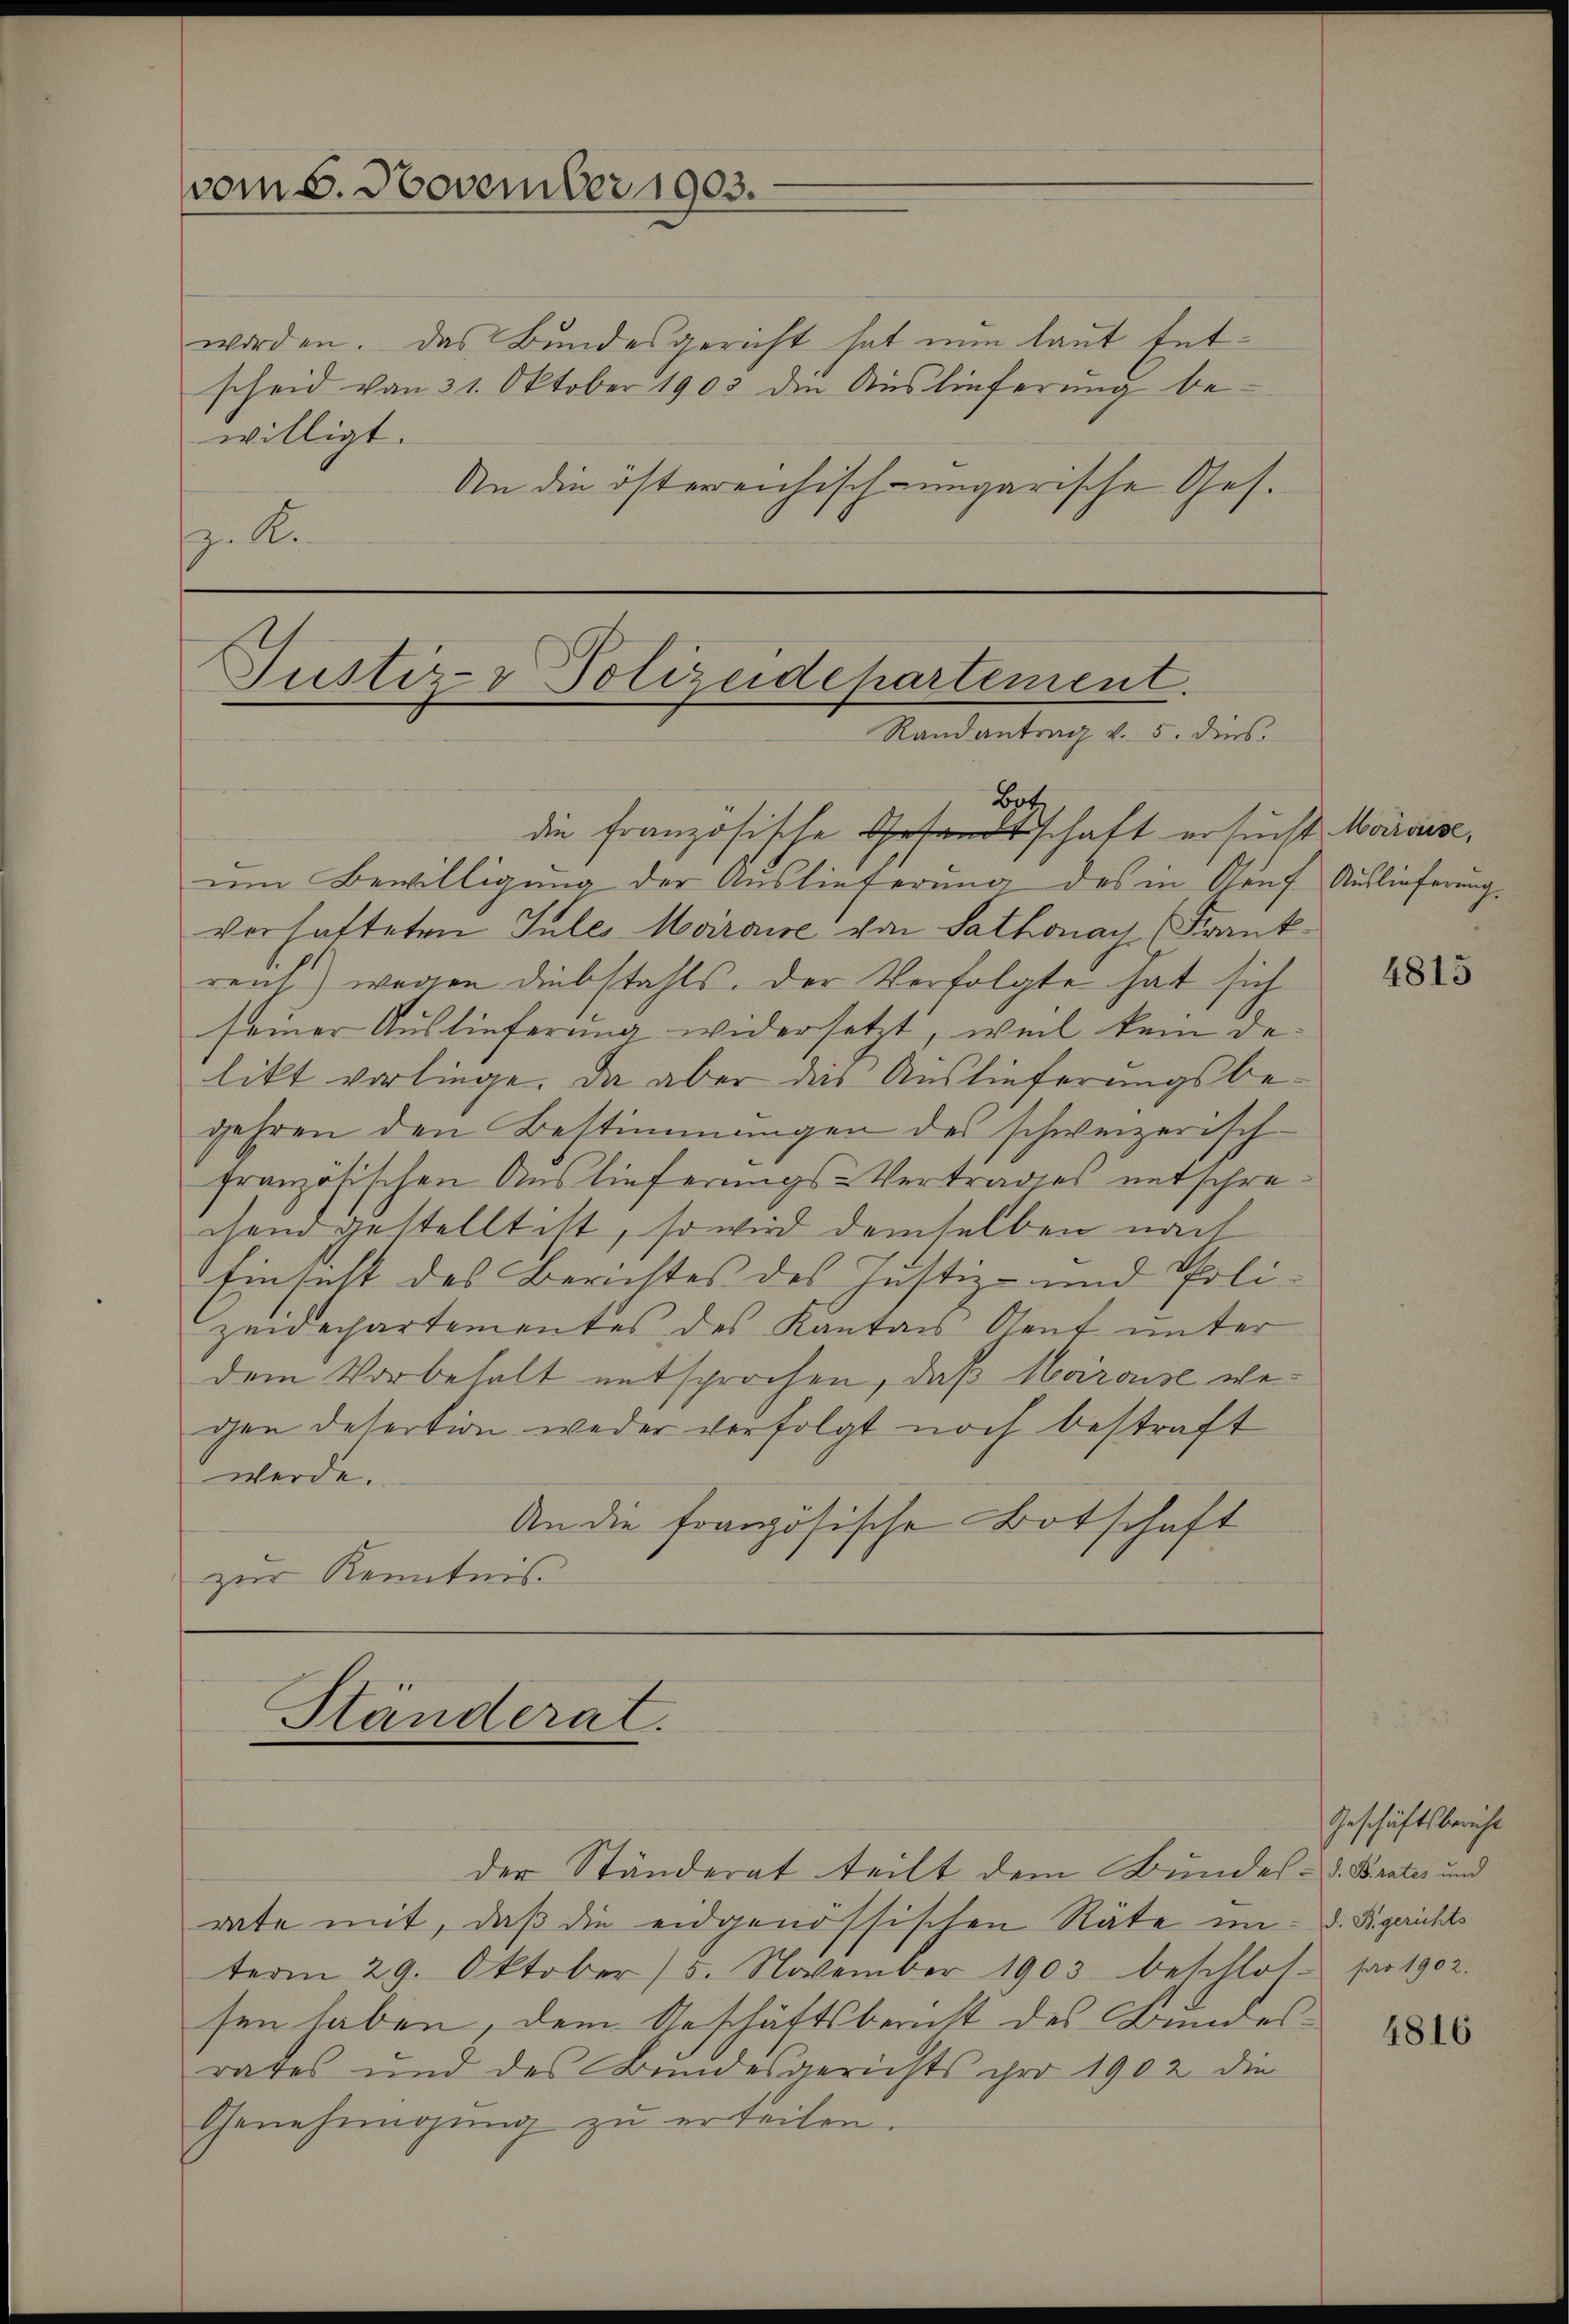
vom 6. November 1903.

worden. Das Bundesgericht hat nun laut Entscheid von 31. Oktober 1903 den Auslieferung bewilligt.
An die österreichisch-ungarische Ges.
. K.

Justiz- Polizeidepartement.
Randantrag v. 5. dies
Bot.

die französische Gesandtschaft ersucht Marouise,
ŭm Bewilligung der Auslieferung des in Auf Auslieferung
verhafteten Jules Moiraise von Sathonay (Frankreuh) wegen Diebstahls, der Verfolgte hat sich
seiner Auslieferung widersetzt, weil kein de-
likt vorliege. Da aber das Auslieferungsbegehren den Bestimmungen des schweizerisch-
französischen Auslieferungs-Vertrages entschrecsend gestellt ist, so wird demselben nach
Einsicht des Berichtes des Justiz- und Polizeidechartementes des Kanton Gent unter
dem Vorbehalt entsprochen, daß Herause wegen Desertion weder verfolgt noch bestraft
werde.
An die französische Botschaft
zur Kenntnis

Ständerat.

der Ständerat teilt dem Bundes- u. Brates und
rate mit, daß die eidgenössischen Räte im d. R. gerichts
term 29. Oktober/5. November 1903. beschlos par 1902.
sen haben, dem Geschäftsbericht des Bundesrares und des Bundesgerichts pro 1902 die
Genehmigung zu erteilen.

4815

Geschäftsbericht

4816